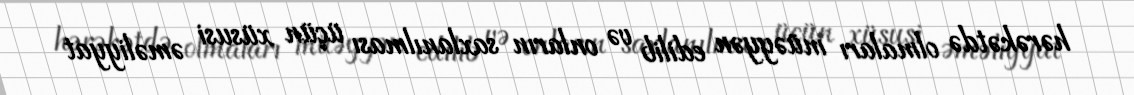
hərəkətdə olmaları müəyyən edilib və onların saxlanılması üçün xüsusi əməliyyat